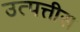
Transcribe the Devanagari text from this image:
उत्पत्तीस